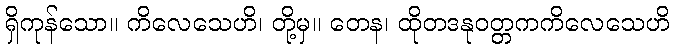
ရှိကုန်သော။ ကိလေသေဟိ၊ တို့မှ။ တေန၊ ထိုတဒနုဝတ္တကကိလေသေဟိ